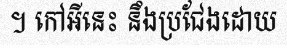
។ កៅអីនេះ នឹងប្រជែងដោយ